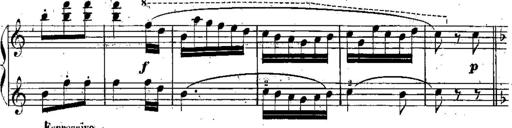
Title: Sonatina in C major
Composer: Or Vaitzman
Key: C major